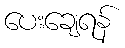
ပေးချေရန်